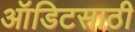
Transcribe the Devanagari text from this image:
ऑडिटसाठी